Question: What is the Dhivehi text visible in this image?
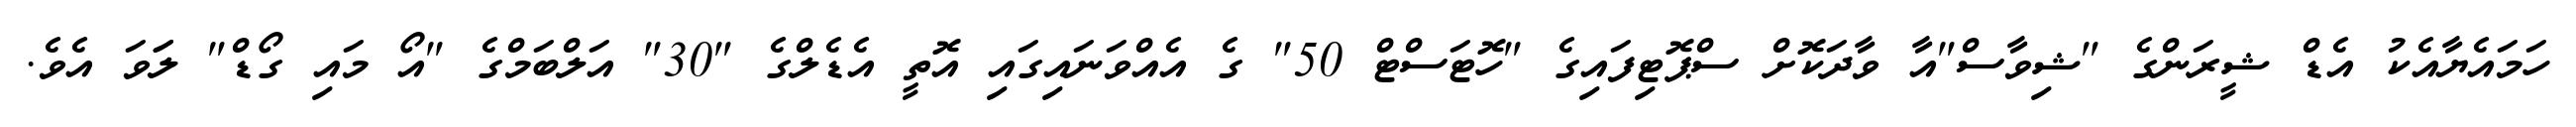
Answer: ހަމައެޔާއެކު އެޑް ޝީރަންގެ "ޝިވާސް"އާ ވާދަކޮށް ސްޕޮޓިފައިގެ "ހޮޓަސްޓް 50" ގެ އެއްވަނައިގައި އޮތީ އެޑެލްގެ "30" އަލްބަމްގެ "އޯ މައި ގޯޑް" ލަަވަ އެވެ.